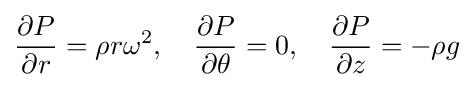
{\frac {\partial P}{\partial r}}=\rho r\omega ^{2},\quad {\frac {\partial P}{\partial \theta }}=0,\quad {\frac {\partial P}{\partial z}}=-\rho g